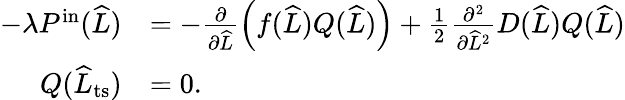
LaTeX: \begin{array}{rl}{-\lambda P^{\mathrm{in}}(\widehat{L})}&{=-\frac{\partial}{\partial\widehat{L}}\left(f(\widehat{L})Q(\widehat{L})\right)+\frac{1}{2}\frac{\partial^{2}}{\partial\widehat{L}^{2}}D(\widehat{L})Q(\widehat{L})}\\ {Q(\widehat{L}_{\mathrm{ts}})}&{=0.}\end{array}